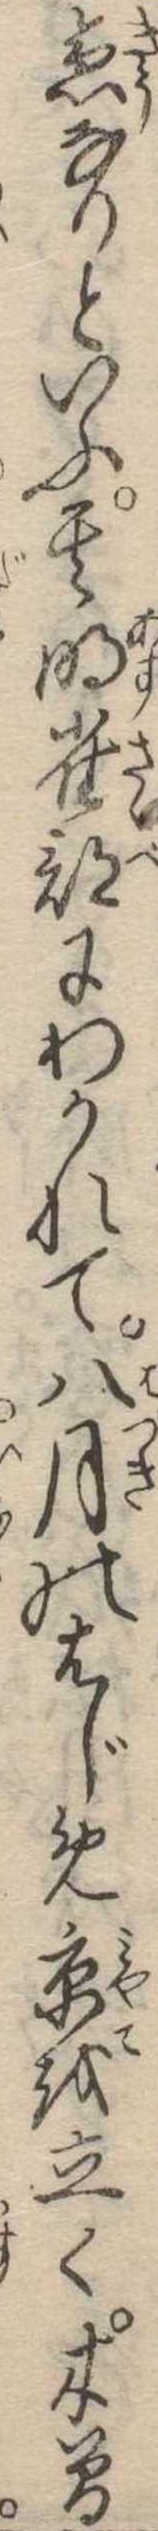
急なりといふ其明雀部にわかれて八月のはじめ京を立く木曽